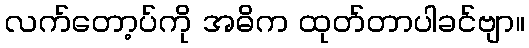
လက်တော့ပ်ကို အဓိက ထုတ်တာပါခင်ဗျာ။